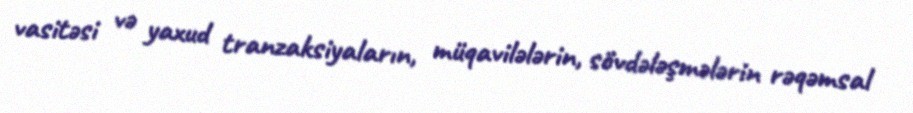
vasitəsi və yaxud tranzaksiyaların, müqavilələrin, sövdələşmələrin rəqəmsal